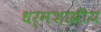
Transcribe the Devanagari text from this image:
धर्मशास्रीय